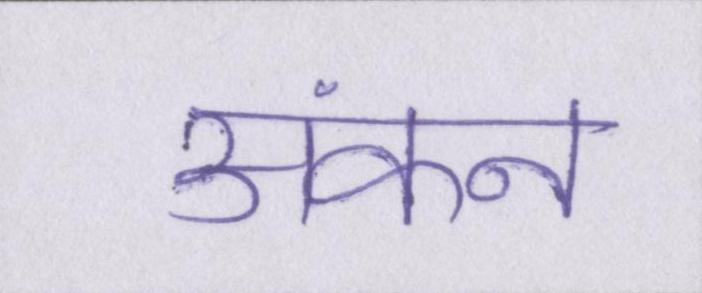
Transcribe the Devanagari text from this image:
अंकन